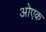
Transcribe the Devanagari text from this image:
ओएक